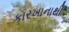
કારખાનાથી